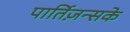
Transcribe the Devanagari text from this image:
पार्तिज़न्सके